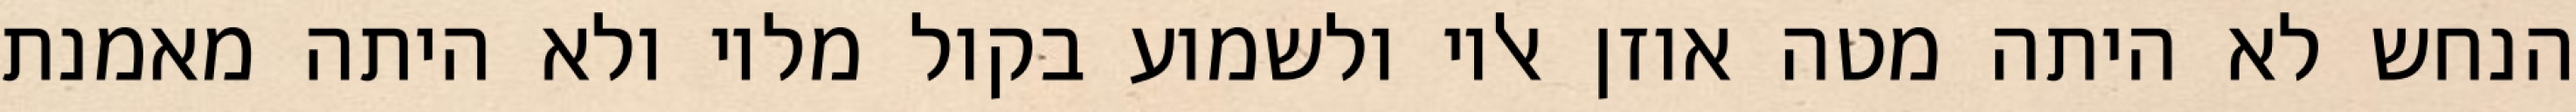
הנחש לא היתה מטה אוזן אליו ולשמוע בקול מליו ולא היתה מאמנת